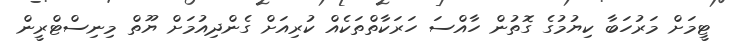
ޓީމަށް މަރުހަބާ ކިޔުމުގެ ގޮތުން ހާއްސަ ހަރަކާތްތަކެއް ކުރިއަށް ގެންދިއުމަށް ޔޫތް މިނިސްޓްރީން